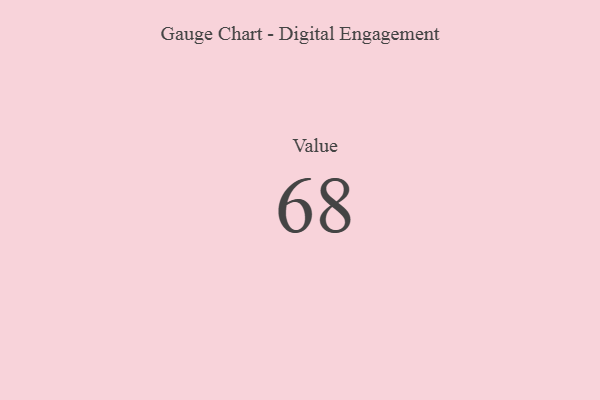
{"axis": {"x": "Metric", "y": "Value"}, "legend": [""], "data": [{"x": "Value", "y": 68, "type": ""}]}